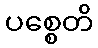
ပစ္စေတိ